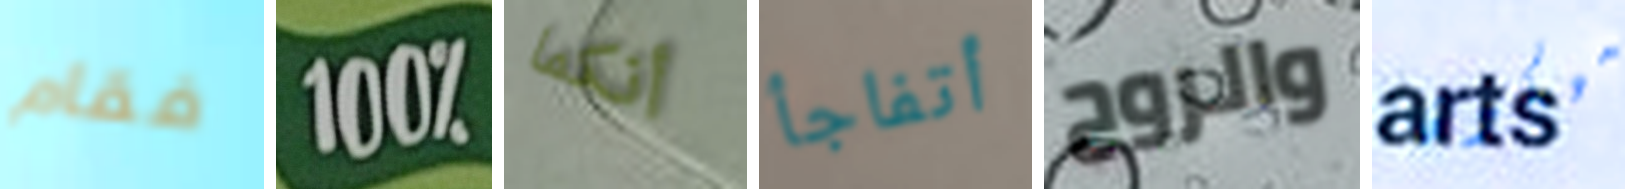
فقام 100% أنكما أتفاجأ والروح سيكون